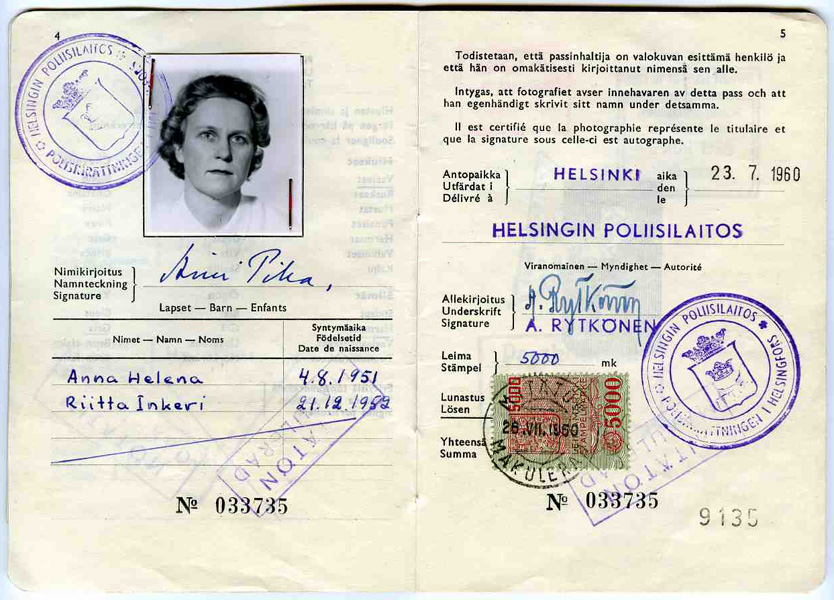
Language: fn